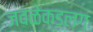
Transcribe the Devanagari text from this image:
जवळेकडलग